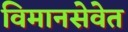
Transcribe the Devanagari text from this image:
विमानसेवेत